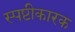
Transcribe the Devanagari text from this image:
स्पष्टीकारक